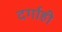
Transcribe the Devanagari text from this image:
दर्गाही